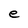
Character: e